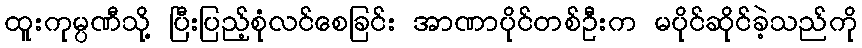
ထူးကုမ္ပဏီသို့ ပြီးပြည့်စုံလင်စေခြင်း အာဏာပိုင်တစ်ဦးက မပိုင်ဆိုင်ခဲ့သည်ကို